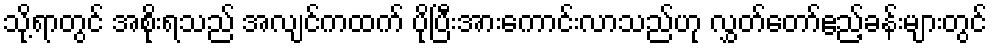
သို့ရာတွင် အစိုးရသည် အလျင်ကထက် ပိုပြီးအားကောင်းလာသည်ဟု လွှတ်တော်ဧည့်ခန်းများတွင်